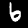
Digit: 6